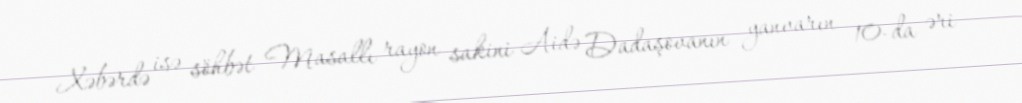
Xəbərdə isə söhbət Masallı rayon sakini Aidə Dadaşovanın yanvarın 10-da əri